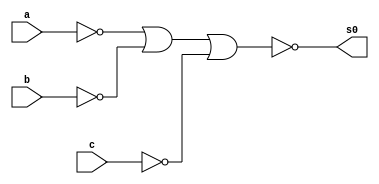
               // ---------------------
//  GUIA 08-Exercicio 05
//  CELSO R FRANA JR 404590 
// ---------------------

// ---------------------
// -- Circuito  and
// ---------------------
module andNor (s0, a, b, c);

 output s0;
 input a, b, c;
 nor Nor1 (r1,a,a);
 nor Nor2 (r2,b,b);
 nor Nor3 (r3,c,c);
 nor Nor4 (s0,r1,r2,r3);

endmodule
// ---------------------
// -- Circuito  not
// ---------------------
module notNor (r1,r2,r3,r4,a,b,c,d);

 output r1,r2,r3,r4;
 input a, b, c,d;
 nor Nor1 (r1,a,a);
 nor Nor2 (r2,b,b);
 nor Nor3 (r3,c,c);
 nor Nor4 (r4,d,d);


endmodule

// ---------------------
// -- Circuito  or
// ---------------------
module orNor (s0,e1,e2,e3,e4,e5);

 output s0;
 input e1,e2,e3,e4,e5;

 nor Nor1 (r1,e1,e2,e3,e4,e5);
 nor Nor2 (s0,r1,r1);



endmodule
// ---------------------
// -- Circuito
// ---------------------
module circuito (s0, a, b, c, d);

 output s0;
 input a, b, c, d;

notNor n1 (r1,r2,r3,r4,a,b,c,d);

andNor a1 (s1,r1,r2,r4);
andNor a2 (s2,a,r2,r3);
andNor a3 (s3,a,r3,d);
andNor a4 (s4,r1,r3,r4);
andNor a5 (s5,a,r2,d);
orNor o1 (s0, s1,s2,s3,s4,s5);

endmodule

// ---------------------
// -- Teste Circuito ---
// ---------------------
module testeCircuito( );

reg a, b,c,d;
wire s0;

circuito C1(s0, a, b, c, d);

  initial begin:start
   a = 0; b=0; c=0; d=0;

  end

  initial begin: main
 
   $display("Exercicio 05");
   $display("Celso R Franca Jr - 404590");
   $display("\n     Circuito 05\n");
   $monitor("  Entrada:  [a=%b  b=%b  c=%b  d=%b]   |   Saida:[%b]", a, b, c, d, s0);

        #1 a = 0; b=0; c=0; d=1;
        #1 a = 0; b=0; c=1; d=0;
        #1 a = 0; b=0; c=1; d=1;
        #1 a = 0; b=1; c=0; d=0;
        #1 a = 0; b=1; c=0; d=1;
        #1 a = 0; b=1; c=1; d=0;
        #1 a = 0; b=1; c=1; d=1;
        #1 a = 1; b=0; c=0; d=0;
        #1 a = 1; b=0; c=0; d=1;
        #1 a = 1; b=0; c=1; d=0;
        #1 a = 1; b=0; c=1; d=1;
        #1 a = 1; b=1; c=0; d=0;
        #1 a = 1; b=1; c=0; d=1;
        #1 a = 1; b=1; c=1; d=0;
        #1 a = 1; b=1; c=1; d=1;

  end
endmodule